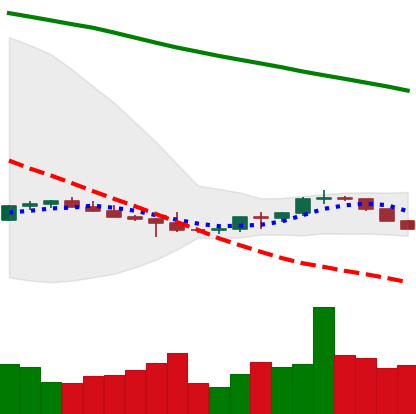
Ticker: BTC-USD
Chart end date: 2022-07-12
Forward return: 7.532%
Label: up_7plus